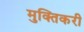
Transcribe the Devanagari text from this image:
मुक्तिकरी